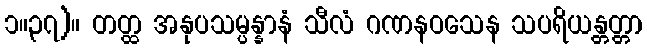
၁။၃၇)။ တတ္ထ အနုပသမ္ပန္နာနံ သီလံ ဂဏနဝသေန သပရိယန္တတ္တာ